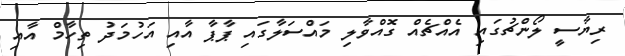
ރިޔާސީ ލޯންޗުގައި އެއްޗެއް ގޮއްވާލި މައްސަލާގައި ޕާޕާ އާއި އަހުމަދު ތިހާމް އާއި